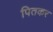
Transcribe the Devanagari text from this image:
पितकर